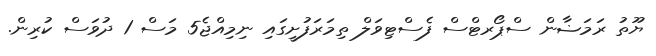
ޔޫތު ރަމަޟާން ސްޕޯރޓްސް ފެސްޓިވަލް ތިމަރަފުށީގައި ނިމިއްޖެ5 މަސް 1 ދުވަސް ކުރިން.